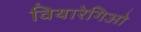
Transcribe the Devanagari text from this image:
वियारेगिओ